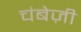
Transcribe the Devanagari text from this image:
चंबेज़ी